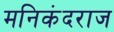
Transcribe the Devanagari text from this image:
मनिकंदराज